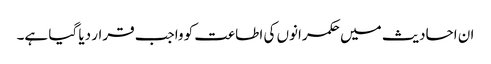
ان احادیث میں حکمرانوں کی اطاعت کو واجب قرار دیا گیا ہے۔